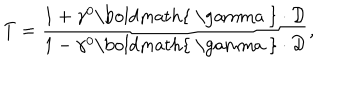
T = { \frac { 1 + \gamma ^ { 0 } \mathrm { \boldmath { ~ \ g a m m a ~ } } \cdot { \cal D } } { 1 - \gamma ^ { 0 } \mathrm { \boldmath { ~ \ g a m m a ~ } } \cdot { \cal D } } } ,